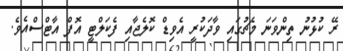
ރޭ ކުޅުނު ތިންވަނަ މެޗުގައި ވާދަކުރީ އެވިޑް ކޮލެޖާއި ފެކަލްޓީ އޮފް އާޓްސްއެވެ.